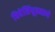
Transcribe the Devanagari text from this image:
विवेसिंधूप्रमाणे